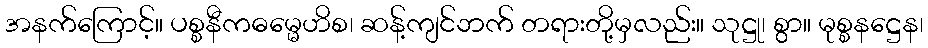
အနက်ကြောင့်။ ပစ္စနီကဓမ္မေဟိစ၊ ဆန့်ကျင်ဘက် တရားတို့မှလည်း။ သုဋ္ဌု၊ စွာ။ မုစ္စနဋ္ဌေန၊